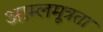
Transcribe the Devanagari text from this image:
आम्लमूत्रता